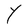
Character: Y